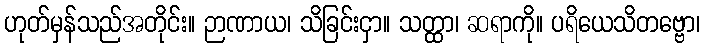
ဟုတ်မှန်သည်အတိုင်း။ ဉာဏာယ၊ သိခြင်းငှာ။ သတ္ထာ၊ ဆရာကို။ ပရိယေသိတဗ္ဗော၊